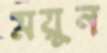
ময়ূন